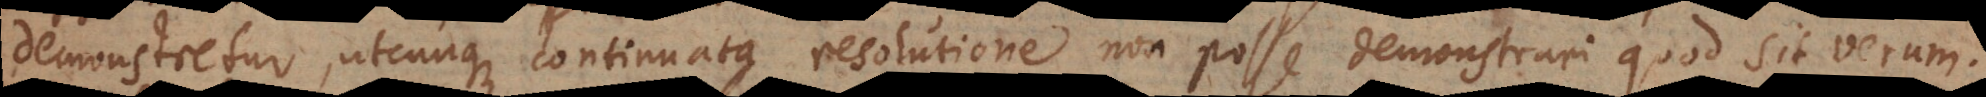
demonstretur, utcunque continuata resolutione non posse demonstrari quod sit verum.